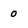
Character: 0